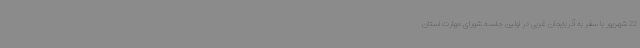
22 شهریور با سفر به آذربایجان غربی در اولین جلسه شورای مهارت استان